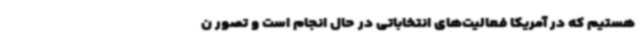
هستیم که در آمریکا فعالیت‌های انتخاباتی در حال انجام است و تصور ن